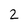
Character: 2